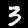
Digit: 3